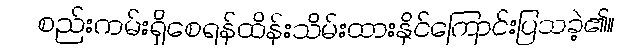
စည်းကမ်းရှိစေရန်ထိန်းသိမ်းထားနိုင်ကြောင်းပြသခဲ့၏။